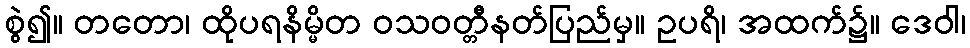
စွဲ၍။ တတော၊ ထိုပရနိမ္မိတ ဝသဝတ္တီနတ်ပြည်မှ။ ဥပရိ၊ အထက်၌။ ဒေဝါ၊